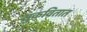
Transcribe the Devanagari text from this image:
सुकवितात